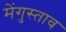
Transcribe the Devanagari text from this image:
मेंगुस्ताव